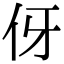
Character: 伢